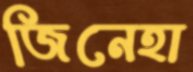
জিনেহা